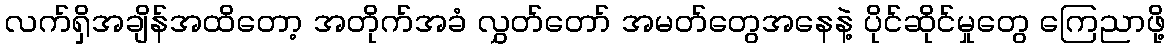
လက်ရှိအချိန်အထိတော့ အတိုက်အခံ လွှတ်တော် အမတ်တွေအနေနဲ့ ပိုင်ဆိုင်မှုတွေ ကြေညာဖို့